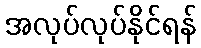
အလုပ်လုပ်နိုင်ရန်